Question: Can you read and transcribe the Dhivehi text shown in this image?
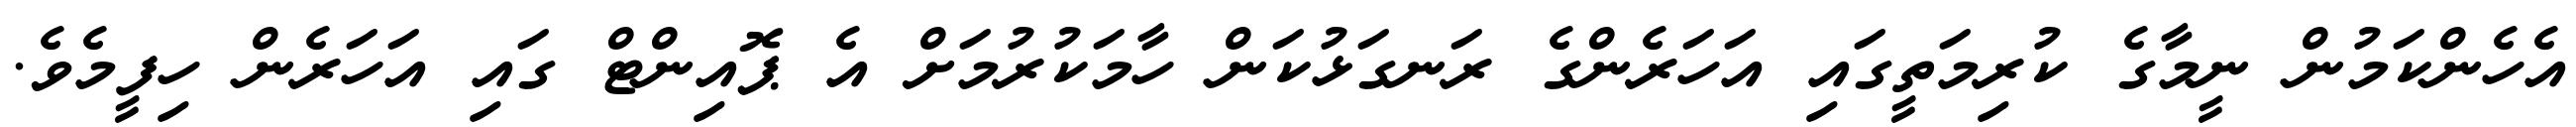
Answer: އެހެންކަމުން ނީމާގެ ކުރިމަތީގައި އަހަރެންގެ ރަނގަޅުކަން ހާމަކުރުމަށް އެ ޕޮއިންޓް ގައި އަހަރެން ހިފީމެވެ.